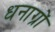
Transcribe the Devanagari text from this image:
धनाग्रों